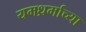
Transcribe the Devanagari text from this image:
यमध्रर्माच्या